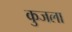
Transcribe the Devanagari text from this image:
कुजला